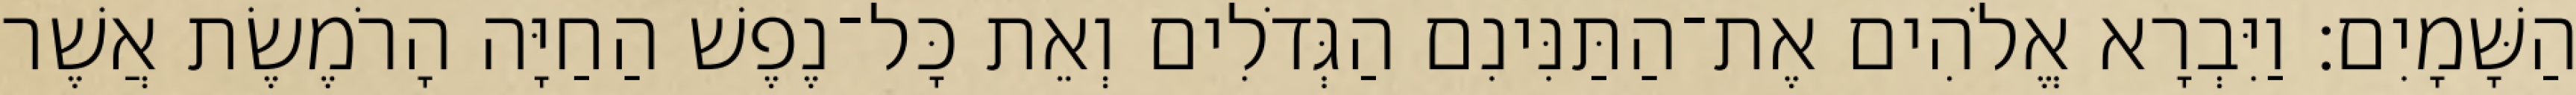
הַשָּׁמָיִם׃ וַיִּבְרָא אֱלֹהִים אֶת־הַתַּנִּינִם הַגְּדֹלִים וְאֵת כָּל־נֶפֶשׁ הַחַיָּה הָרֹמֶשֶׂת אֲשֶׁר